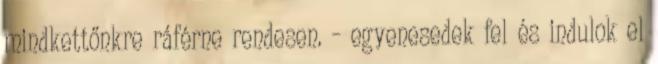
mindkettőnkre ráférne rendesen. – egyenesedek fel és indulok el